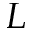
L